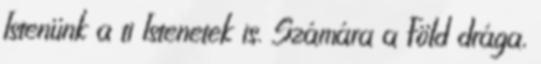
Istenünk a ti Istenetek is. Számára a Föld drága,